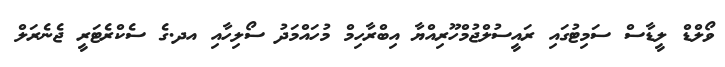
ވޯލްޑް ލީޑާސް ސަމިޓުގައި ރައީސުލްޖުމްހޫރިއްޔާ އިބްރާހިމް މުހައްމަދު ސޯލިހާއި އދ.ގެ ސެކްރެޓަރީ ޖެނެރަލް